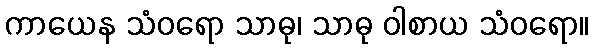
ကာယေန သံဝရော သာဓု၊ သာဓု ဝါစာယ သံဝရော။